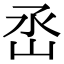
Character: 㞼